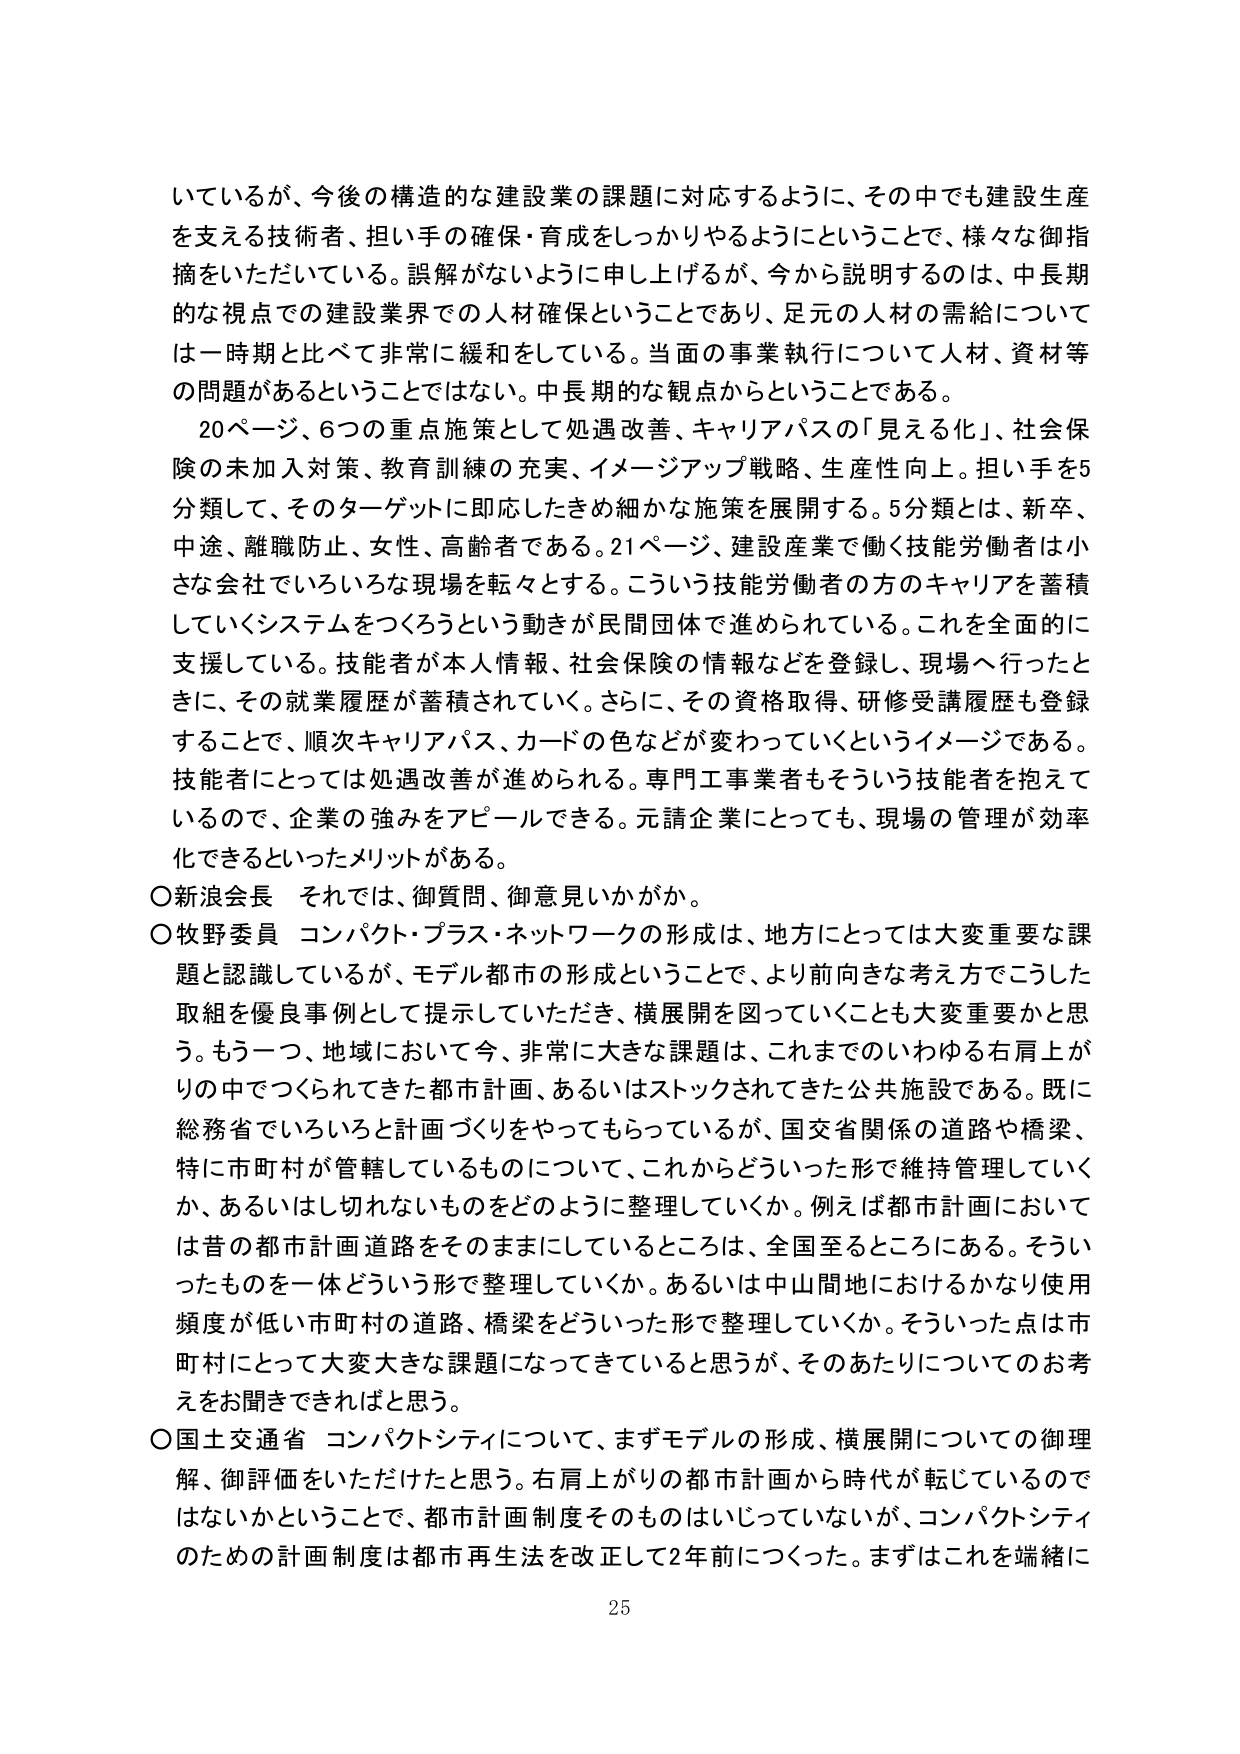
いているが、今後の構造的な建設業の課題に対応するように、その中でも建設生産を支える技術者、担い手の確保・育成をしっかりやるようにということで、様々な御指摘をいただいている。誤解がないように申し上げるが、今から説明するのは、中長期的な視点での建設業界での人材確保ということであり、足元の人材の需給については一時期と比べて非常に緩和している。当面の事業執行について人材、資材等の問題があるということではない。中長期的な観点からということである。

20ページ、6つの重点施策として処遇改善、キャリアパスの「見える化」、社会保険の未加入対策、教育訓練の充実、イメージアップ戦略、生産性向上。担い手を5分類して、そのターゲットに即応したきめ細かな施策を展開する。5分類とは、新卒、中途、離職防止、女性、高齢者である。21ページ、建設産業で働く技能労働者は小さな会社でいろいろな現場を転々とする。こういう技能労働者の方のキャリアを蓄積していくシステムをつくろうという動きが民間団体で進められている。これを全面的に支援している。技能者が本人情報、社会保険の情報などを登録し、現場へ行ったときに、その就業履歴が蓄積されていく。さらに、その資格取得、研修受講履歴も登録することで、順次キャリアパス、カードの色などが変わっていくというイメージである。技能者にとっては処遇改善が進められる。専門工事業者もそういう技能者を抱えているので、企業の強みをアピールできる。元請企業にとっても、現場の管理が効率化できるといったメリットがある。

〇新浪会長　それでは、御質問、御意見いかがか。

〇牧野委員　コンパクト・プラス・ネットワークの形成は、地方にとっては大変重要な課題と認識しているが、モデル都市の形成ということで、より前向きな考え方でこうした取組を優良事例として提示していただき、横展開を図っていくことも大変重要かと思う。もう一つ、地域において今、非常に大きな課題は、これまでのいわゆる右肩上がりの中でつくられてきた都市計画、あるいはストックされてきた公共施設である。既に総務省でいろいろと計画づくりをやってもらっているが、国交省関係の道路や橋梁、特に市町村が管轄しているものについて、これからどういった形で維持管理していくか、あるいはし切れないものをどのように整理していくか。例えば都市計画においては昔の都市計画道路をそのままにしているところは、全国至るところにある。そういったものを一体どういう形で整理していくか。あるいは中山間地におけるかなり使用頻度が低い市町村の道路、橋梁をどういった形で整理していくか。そういった点は市町村にとって大変大きな課題になってきていると思うが、そのあたりについてのお考えをお聞きできればと思う。

〇国土交通省　コンパクトシティについて、まずモデルの形成、横展開についての御理解、御評価をいただけたと思う。右肩上がりの都市計画から時代が転じているのではないかということで、都市計画制度そのものはいじっていないが、コンパクトシティのための計画制度は都市再生法を改正して2年前につくった。まずはこれを端緒に

25